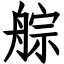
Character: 䑸